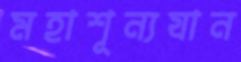
মহাশূন্যযান